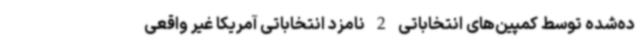
ده‌شده توسط کمپین‌های انتخاباتی 2 نامزد انتخاباتی آمریکا غیر واقعی